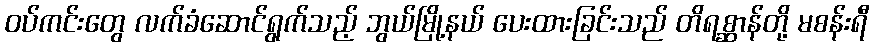
ဝပ်ကင်းတွေ လက်ခံဆောင်ရွက်သည့် ဘွယ်မြို့နယ် ပေးထားခြင်းသည် တိရစ္ဆာန်တို့ မစန်းရီ